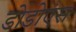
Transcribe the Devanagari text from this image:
डोडोएंस